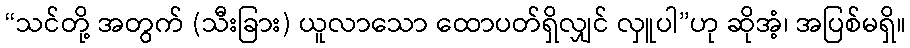
“သင်တို့ အတွက် (သီးခြား) ယူလာသော ထောပတ်ရှိလျှင် လှူပါ”ဟု ဆိုအံ့၊ အပြစ်မရှိ။